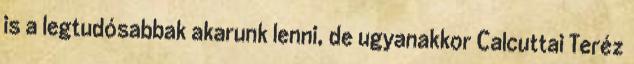
is a legtudósabbak akarunk lenni, de ugyanakkor Calcuttai Teréz